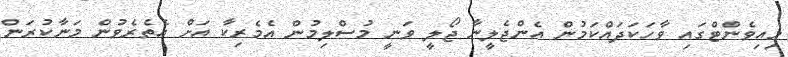
މިއިވެންޓްގައި ވާހަކަދައްކަމުން އެންޖެލީނާ ޖޯލީ ވަނީ މުސްލިމުން އެމެރިކާ އަށް އެތެރެވުން މަނާކުރަން